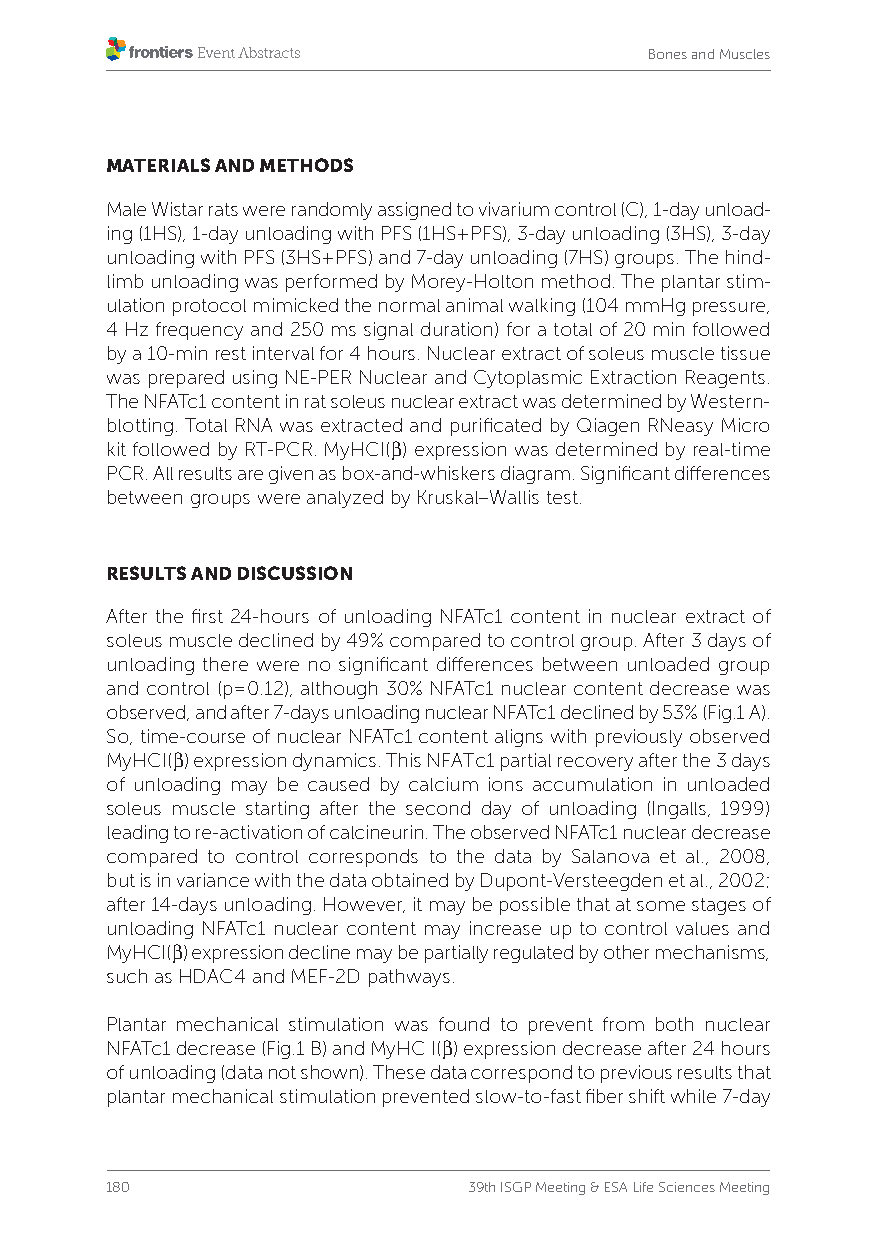
Bones and Muscles
 MATERIALS AND METHODS
 Male Wistar rats were randomly assigned to vivarium control (C), 1-day unload-
 ing (1HS), 1-day unloading with PFS (1HS+PFS), 3-day unloading (3HS), 3-day
 unloading with PFS (3HS+PFS) and 7-day unloading (7HS) groups. The hind-
 limb unloading was performed by Morey-Holton method. The plantar stim-
 ulation protocol mimicked the normal animal walking (104 mmHg pressure,
 4 Hz frequency and 250 ms signal duration) for a total of 20 min followed
 by a 10-min rest interval for 4 hours. Nuclear extract of soleus muscle tissue
 was prepared using NE-PER Nuclear and Cytoplasmic Extraction Reagents.
 The NFATc1 content in rat soleus nuclear extract was determined by Western-
 blotting. Total RNA was extracted and purificated by Qiagen RNeasy Micro
 kit followed by RT-PCR. MyHCI(β) expression was determined by real-time
 PCR. All results are given as box-and-whiskers diagram. Significant differences
 between groups were analyzed by Kruskal–Wallis test.
 RESULTS AND DISCUSSION
 After the first 24-hours of unloading NFATc1 content in nuclear extract of
 soleus muscle declined by 49% compared to control group. After 3 days of
 unloading there were no significant differences between unloaded group
 and control (p=0.12), although 30% NFATc1 nuclear content decrease was
 observed, and after 7-days unloading nuclear NFATc1 declined by 53% (Fig.1 A).
 So, time-course of nuclear NFATc1 content aligns with previously observed
 MyHCI(β) expression dynamics. This NFATc1 partial recovery after the 3 days
 of unloading may be caused by calcium ions accumulation in unloaded
 soleus muscle starting after the second day of unloading (Ingalls, 1999)
 leading to re-activation of calcineurin. The observed NFATc1 nuclear decrease
 compared to control corresponds to the data by Salanova et al., 2008,
 but is in variance with the data obtained by Dupont-Versteegden et al., 2002;
 after 14-days unloading. However, it may be possible that at some stages of
 unloading NFATc1 nuclear content may increase up to control values and
 MyHCI(β) expression decline may be partially regulated by other mechanisms,
 such as HDAC4 and MEF-2D pathways.
 Plantar mechanical stimulation was found to prevent from both nuclear
 NFATc1 decrease (Fig.1 B) and MyHC I(β) expression decrease after 24 hours
 of unloading (data not shown). These data correspond to previous results that
 plantar mechanical stimulation prevented slow-to-fast fiber shift while 7-day
 180                     39th ISGP Meeting & ESA Life Sciences Meeting